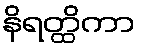
နိရတ္ထိကာ